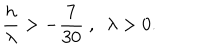
{ \frac { h } { \lambda } } > - { \frac { 7 } { 3 0 } } \ , \ \ \lambda > 0 .